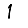
Digit: 1